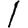
Digit: 1